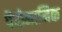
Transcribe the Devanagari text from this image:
पैरोनामिक